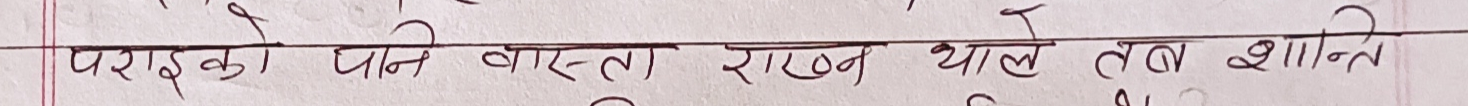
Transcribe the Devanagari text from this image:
पराईको पानी वास्ता राख्न थाले तब शान्ति